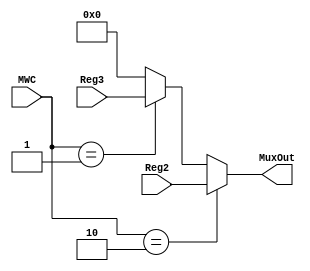
module MuxContext (Reg2, Reg3, MWC, MuxOut);

	input signed [31:0] Reg2, Reg3;
	input [1:0] MWC;
	output reg signed [31:0] MuxOut;
	
	always @ (*)
		begin
			if( MWC == 2'b10 )
				MuxOut <= Reg2;
			else if ( MWC == 2'b01 )
				MuxOut = Reg3;
			else
				MuxOut <= 0;
		end
		
endmodule